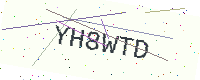
Text: YH8WTD